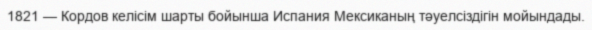
1821 — Кордов келісім шарты бойынша Испания Мексиканың тәуелсіздігін мойындады.